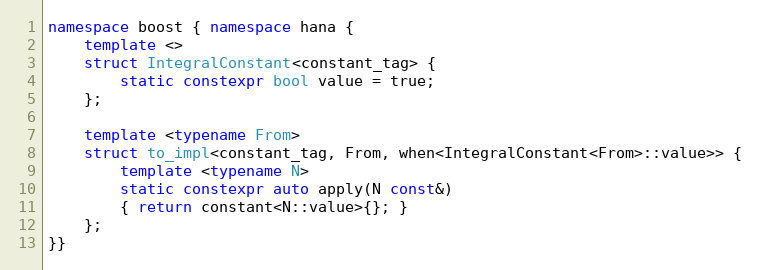
Language: C++
namespace boost { namespace hana {
    template <>
    struct IntegralConstant<constant_tag> {
        static constexpr bool value = true;
    };

    template <typename From>
    struct to_impl<constant_tag, From, when<IntegralConstant<From>::value>> {
        template <typename N>
        static constexpr auto apply(N const&)
        { return constant<N::value>{}; }
    };
}}